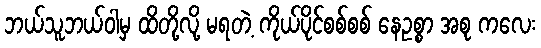
ဘယ်သူဘယ်ဝါမှ ထိတို့လို့ မရတဲ့ ကိုယ်ပိုင်စစ်စစ် နေဥစ္စာ အစု ကလေး